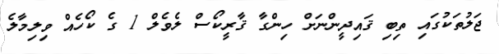
ޖަލުތަކުގައި ތިބި ޤައިދީންނަށް ހިންގާ ޤާރީކޯސް ލެވެލް 1 ގެ ކޯހެއް ވިލިމާލެ